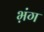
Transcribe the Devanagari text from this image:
भ़ंग